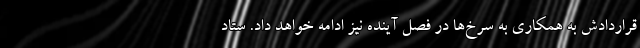
قراردادش به همکاری به سرخ‌ها در فصل آینده نیز ادامه خواهد داد. ستاد